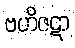
ဗဟိဇဋာ